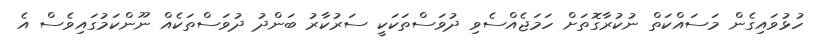
ހުޅުވައިގެން މަސައްކަތް ނުކުރާގޮތަށް ހަމަޖެއްސެވި ދުވަސްތަކަކީ ސަރުކާރު ބަންދު ދުވަސްތަކެއް ނޫންކަމުގައިވެސް އެ